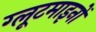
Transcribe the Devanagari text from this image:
ग्लूटमाइनों